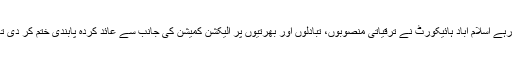
یاد رہے اسلام آباد ہائیکورٹ نے ترقیاتی منصوبوں، تبادلوں اور بھرتیوں پر الیکشن کمیشن کی جانب سے عائد کردہ پابندی ختم کر دی تھی۔